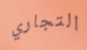
التجاري